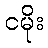
ငမိုး